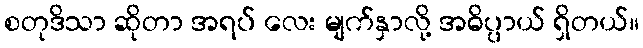
စတုဒိသာ ဆိုတာ အရပ် လေး မျက်နှာလို့ အဓိပ္ပာယ် ရှိတယ်။